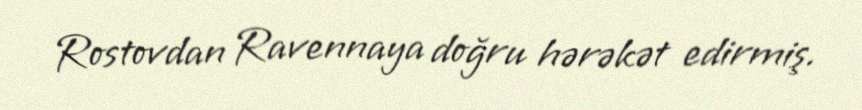
Rostovdan Ravennaya doğru hərəkət edirmiş.